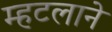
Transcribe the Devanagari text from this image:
म्हटलाने